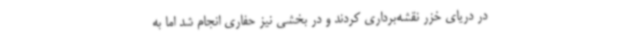
در دریای خزر نقشه‌برداری کردند و در بخشی نیز حفاری انجام شد اما به